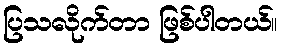
ပြသလိုက်တာ ဖြစ်ပါတယ်။